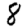
Digit: 8